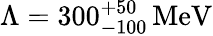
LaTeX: \Lambda=300_{-100}^{+50}\, \mathrm{MeV}